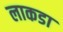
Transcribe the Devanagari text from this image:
लाकडा